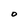
Character: O